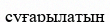
суғарылатын